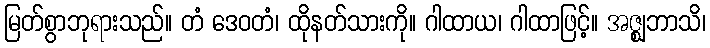
မြတ်စွာဘုရားသည်။ တံ ဒေဝတံ၊ ထိုနတ်သားကို။ ဂါထာယ၊ ဂါထာဖြင့်။ အဇ္ဈဘာသိ၊